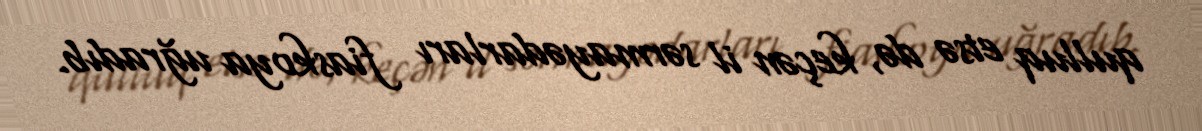
qulluq etsə də, keçən il sərmayədarları fiaskoya uğradıb.